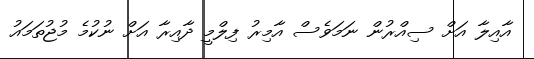
އާއިލާ އަށް ސިއްރުން ނަމަވެސް އާމިރު ފިލްމީ ދާއިރާ އަށް ނުކުމެ މުޖުތަމައު